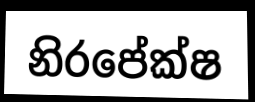
නිරපේක්ෂ